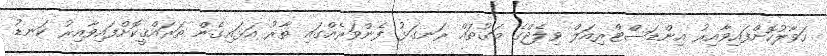
ހަވާލުކޮށްފައިވާއިރު އިންޑަސްޓްރިއަލް ވިލެޖްގެ މަގުތައް ރަނގަޅު ފެންވަރެއްގައި ތާރު އަޅައިގެން ތަރައްޤީކޮށްފައިވާއިރު ކަނޑު